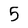
Character: 5